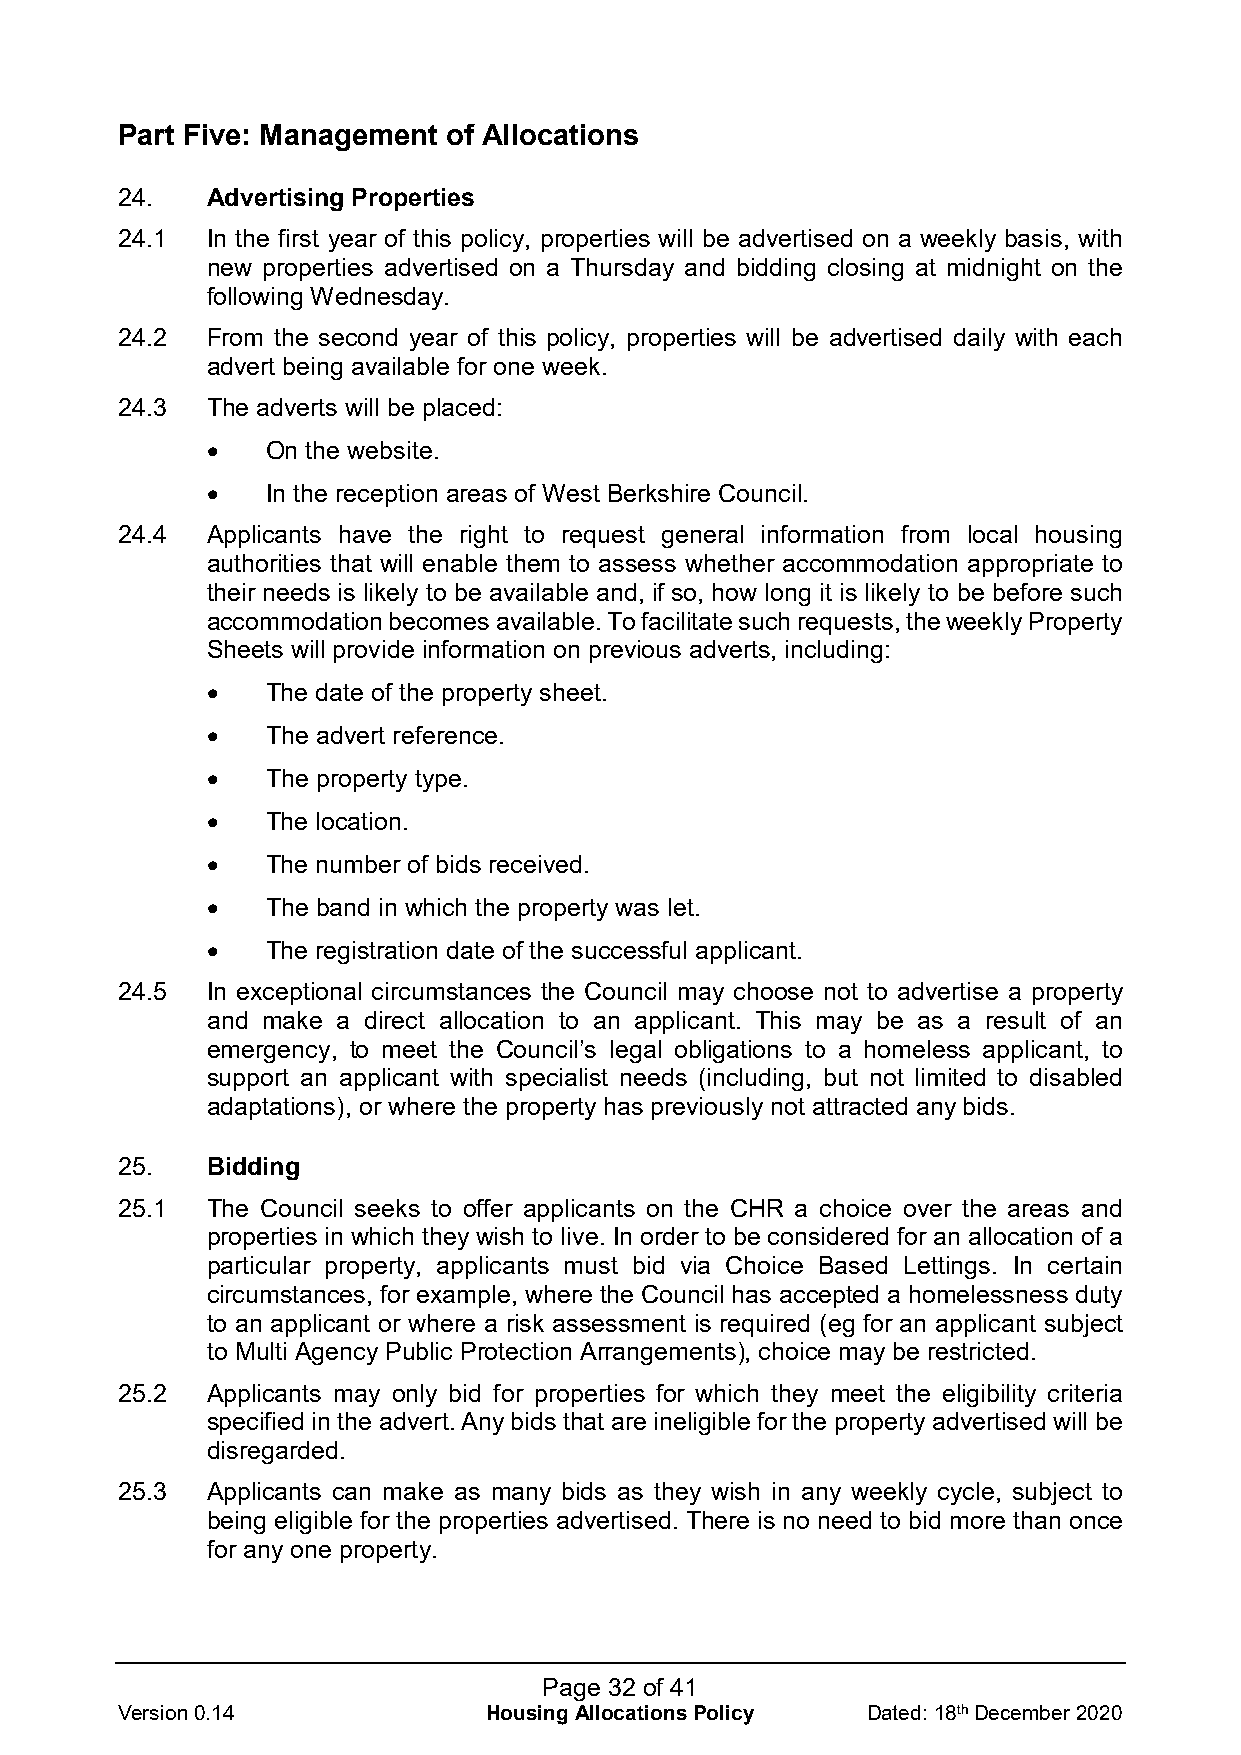
Part Five: Management of Allocations
 24.   Advertising Properties
 24.1  In the first year of this policy, properties will be advertised on a weekly basis, with
 new properties advertised on a Thursday and bidding closing at midnight on the
 following Wednesday.
 24.2  From the second year of this policy, properties will be advertised daily with each
 advert being available for one week.
 24.3  The adverts will be placed:
 •   On the website.
 •   In the reception areas of West Berkshire Council.
 24.4  Applicants have the right to request general information from local housing
 authorities that will enable them to assess whether accommodation appropriate to
 their needs is likely to be available and, if so, how long it is likely to be before such
 accommodation becomes available. To facilitate such requests, the weekly Property
 Sheets will provide information on previous adverts, including:
 •   The date of the property sheet.
 •   The advert reference.
 •   The property type.
 •   The location.
 •   The number of bids received.
 •   The band in which the property was let.
 •   The registration date of the successful applicant.
 24.5  In exceptional circumstances the Council may choose not to advertise a property
 and make a direct allocation to an applicant. This may be as a result of an
 emergency, to meet the Council’s legal obligations to a homeless applicant, to
 support an applicant with specialist needs (including, but not limited to disabled
 adaptations), or where the property has previously not attracted any bids.
 25.   Bidding
 25.1  The Council seeks to offer applicants on the CHR a choice over the areas and
 properties in which they wish to live. In order to be considered for an allocation of a
 particular property, applicants must bid via Choice Based Lettings. In certain
 circumstances, for example, where the Council has accepted a homelessness duty
 to an applicant or where a risk assessment is required (eg for an applicant subject
 to Multi Agency Public Protection Arrangements), choice may be restricted.
 25.2  Applicants may only bid for properties for which they meet the eligibility criteria
 specified in the advert. Any bids that are ineligible for the property advertised will be
 disregarded.
 25.3  Applicants can make as many bids as they wish in any weekly cycle, subject to
 being eligible for the properties advertised. There is no need to bid more than once
 for any one property.
 Page 32 of 41
 Version 0.14            Housing Allocations Policy Dated: 18th December 2020